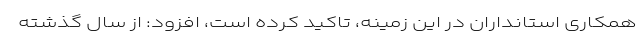
همکاری استانداران در این زمینه، تاکید کرده است، افزود: از سال گذشته